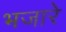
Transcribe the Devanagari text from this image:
भजारे